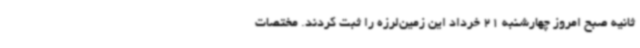
ثانیه صبح امروز چهارشنبه 21 خرداد این زمین‌لرزه را ثبت کردند. مختصات